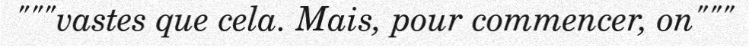
"""vastes que cela. Mais, pour commencer, on"""